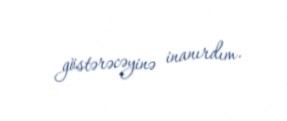
göstərəcəyinə inanırdım.